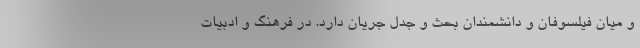
و میان فیلسوفان و دانشمندان بحث و جدل جریان دارد. در فرهنگ و ادبیات